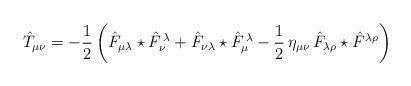
LaTeX: \begin{align*}\hat{T}_{\mu\nu} = -\frac{1}{2} \left(\hat{F}_{\mu\lambda}\star\hat{F}_{\nu}^{\,\lambda} + \hat{F}_{\nu\lambda}\star\hat{F}_{\mu}^{\,\lambda} - \frac{1}{2}\,\eta_{\mu\nu}\,\hat{F}_{\lambda\rho}\star\hat{F}^{\lambda\rho}\right)\end{align*}